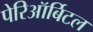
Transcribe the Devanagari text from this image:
पेरिऑर्बिटल